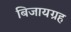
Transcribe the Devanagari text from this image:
बिजायग्रह